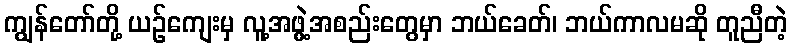
ကျွန်တော်တို့ ယဉ်ကျေးမှ လူ့အဖွဲ့အစည်းတွေမှာ ဘယ်ခေတ်၊ ဘယ်ကာလမဆို တူညီတဲ့